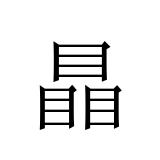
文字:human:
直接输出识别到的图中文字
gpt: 瞐